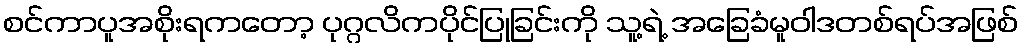
စင်ကာပူအစိုးရကတော့ ပုဂ္ဂလိကပိုင်ပြုခြင်းကို သူ့ရဲ့ အခြေခံမူဝါဒတစ်ရပ်အဖြစ်